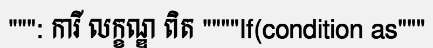
""": ការី លក្ខណ្ឌ ពិត """"If(condition as"""